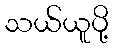
သယ်ယူပို့